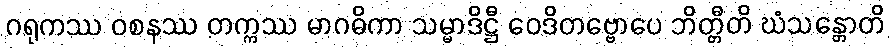
ဂရုကဿ ဝစနဿ တက္ကဿ မာဂဓိကာ သမ္မာဒိဋ္ဌီ ဝေဒိတဗ္ဗောပေ ဘိတ္တီတိ ဃံသန္တောတိ